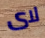
لاى